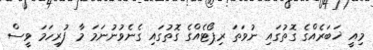
މިއީ ޚަބަރެއްގެ ގޮތުގައި ނުވަތަ ރިޕޯޓެއްގެ ގޮތުގައި ގެނެވުނުނަމަ މާ ފުރިހަމަ ވީސް